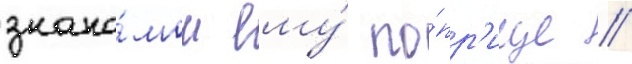
знако́мом ему́ по́пр'ище //